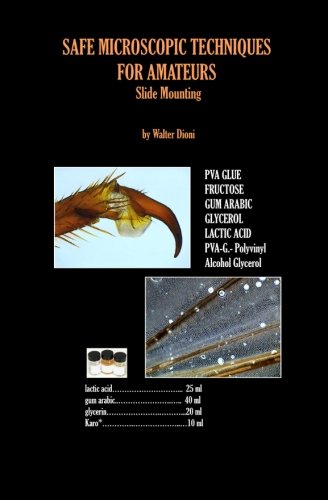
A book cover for SAFE MICROSCOPIC TECHNIQUES  FOR AMATEURS  Slide Mounting; Mr Walter Dioni; Science & Math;